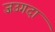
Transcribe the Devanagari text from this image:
जउगदा